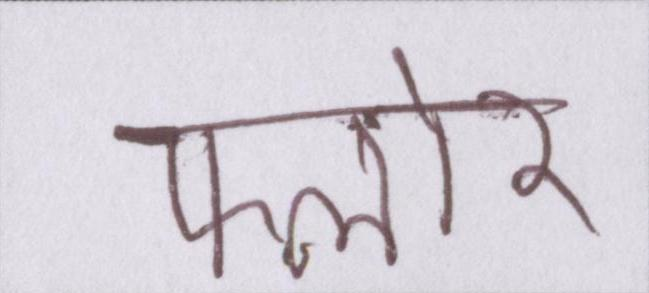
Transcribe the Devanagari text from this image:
फ्लोर